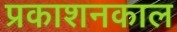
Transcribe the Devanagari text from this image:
प्रकाशनकाल